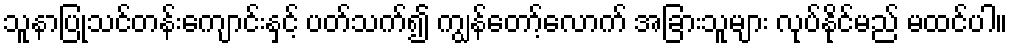
သူနာပြုသင်တန်းကျောင်းနှင့် ပတ်သက်၍ ကျွန်တော့်လောက် အခြားသူများ လုပ်နိုင်မည် မထင်ပါ။